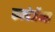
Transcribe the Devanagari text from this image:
कन्वेर्जेन्स